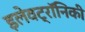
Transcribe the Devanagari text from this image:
इलेवट्रॉनिकी